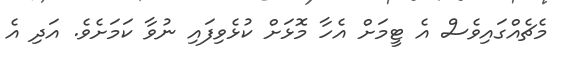
މެޗެއްގައިވެސް އެ ޓީމަށް އެހާ މޮޅަށް ކުޅެވިފައި ނުވާ ކަމަށެވެ. އަދި އެ